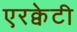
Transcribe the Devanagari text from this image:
एरक्वेटी